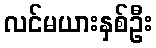
လင်မယားနှစ်ဦး